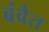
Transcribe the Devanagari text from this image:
बंवैत